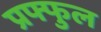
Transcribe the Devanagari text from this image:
प्रफ्फुल